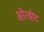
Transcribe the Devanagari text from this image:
ओरबीट